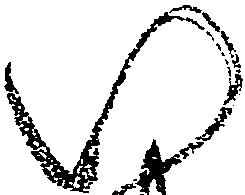
い